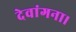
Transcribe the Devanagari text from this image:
देवांगना।